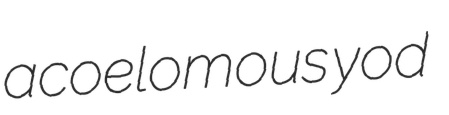
acoelomous yod